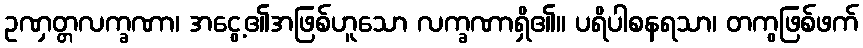
ဥဏှတ္တလက္ခဏာ၊ အငွေ့၏အဖြစ်ဟူသော လက္ခဏာရှိ၏။ ပရိပါစနရသာ၊ တကွဖြစ်ဖက်